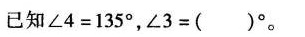
已知$$∠ 4 = 1 3 5 °$$，$$∠ 3 = ( ) °$$。